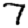
Digit: 7